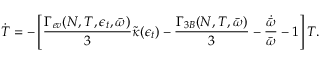
\dot { T } = - \left[ \frac { \Gamma _ { e v } ( N , T , \epsilon _ { t } , \bar { \omega } ) } { 3 } { \widetilde { \kappa } ( \epsilon _ { t } ) } - \frac { \Gamma _ { 3 B } ( N , T , \bar { \omega } ) } { 3 } - \frac { \dot { \bar { \omega } } } { \bar { \omega } } - 1 \right] T .